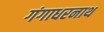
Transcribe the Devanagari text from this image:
गंगाधरनाथ